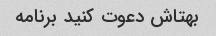
بهتاش دعوت کنید برنامه